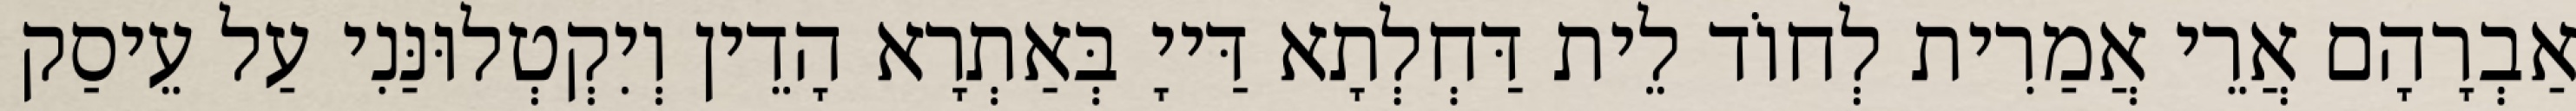
אַבְרָהָם אֲרֵי אֲמַרִית לְחוֹד לֵית דַּחְלְתָא דַּייָ בְּאַתְרָא הָדֵין וְיִקְטְלוּנַּנִי עַל עֵיסַק